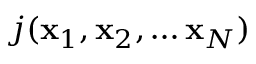
j ( \mathbf { x } _ { 1 } , \mathbf { x } _ { 2 } , \ldots { } \mathbf { x } _ { N } )